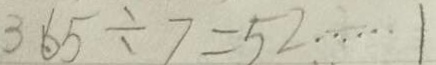
3 6 5 \div 7 = 5 2 \cdots 1